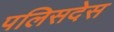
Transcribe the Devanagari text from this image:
पलिसदेस